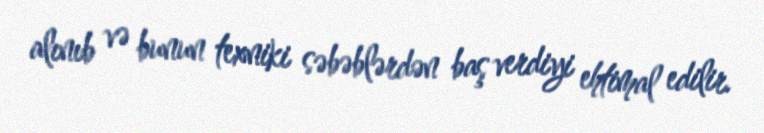
alınıb və bunun texniki səbəblərdən baş verdiyi ehtimal edilir.